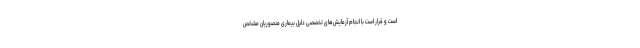
است و قرار است با انجام آزمایش‌های تخصصی دلیل بیماری منصوریان مشخص